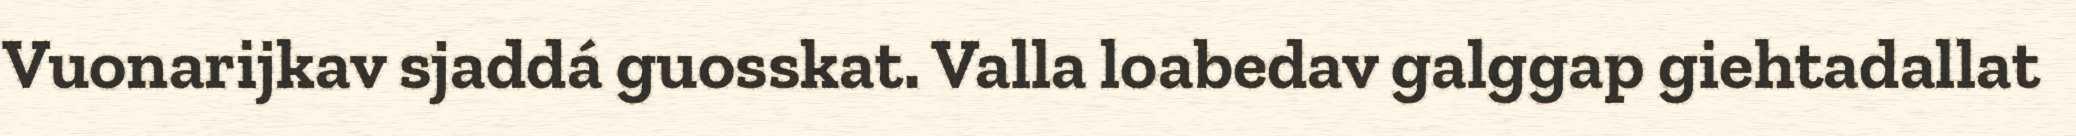
Vuonarijkav sjaddá guosskat. Valla loabedav galggap giehtadallat